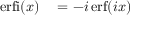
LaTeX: \begin{array} { r l } { \operatorname { e r f i } ( x ) } & { { } = - i \operatorname { e r f } ( i x ) } \end{array}